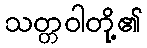
သတ္တဝါတို့၏